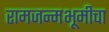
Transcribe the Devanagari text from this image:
रामजन्मभूमीचा